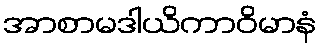
အာစာမဒါယိကာဝိမာနံ